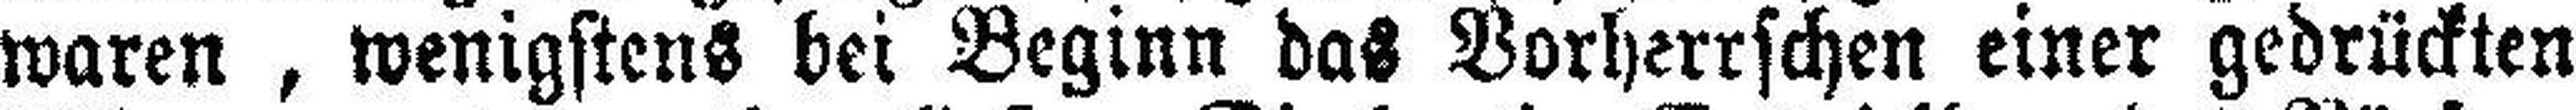
waren, wenigstens bei Beginn das Vorherrschen einer gedrückten